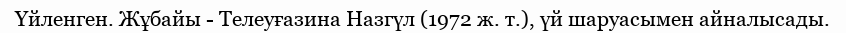
Үйленген. Жұбайы - Телеуғазина Назгүл (1972 ж. т.), үй шаруасымен айналысады.